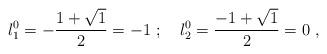
LaTeX: \begin{align*} {l_1^0} =-\frac{1+\sqrt{1}}{2}= - 1~ ;~~~{l_2^0} =\frac{-1+\sqrt{1}}{2}= 0~,\end{align*}